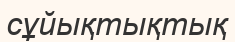
сұйықтықтық